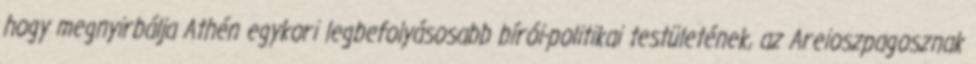
hogy megnyirbálja Athén egykori legbefolyásosabb bírói-politikai testületének, az Areioszpagosznak